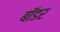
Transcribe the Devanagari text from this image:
बाॅडर